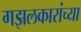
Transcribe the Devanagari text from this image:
गझलकारांच्या